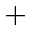
^ +